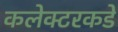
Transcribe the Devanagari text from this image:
कलेक्टरकडे